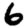
Digit: 6